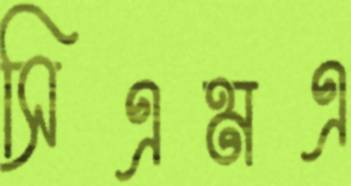
সিএমএ